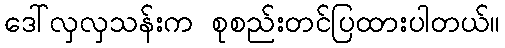
ဒေါ်လှလှသန်းက စုစည်းတင်ပြထားပါတယ်။